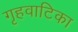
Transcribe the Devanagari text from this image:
गृहवाटिका